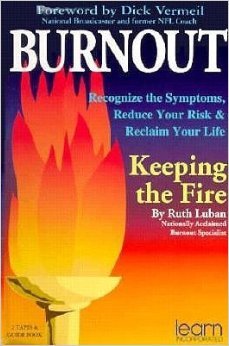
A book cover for Burnout; Ruth Luban; Business & Money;